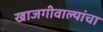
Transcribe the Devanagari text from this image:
खाजगीवाल्यांचा